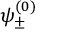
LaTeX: \psi _ { \pm } ^ { ( 0 ) }